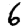
Digit: 6